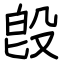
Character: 𣪘